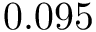
0 . 0 9 5